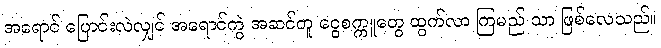
အရောင် ပြောင်းလဲလျှင် အရောင်ကွဲ အဆင်တူ ငွေစက္ကူတွေ ထွက်လာ ကြမည် သာ ဖြစ်လေသည်။